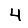
Digit: 4